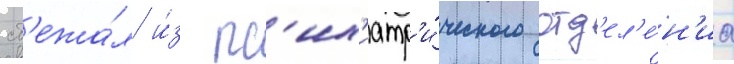
сб'ежа́л и́з пс'их'иатр'и́ческого отд'ел'е́н'иа